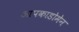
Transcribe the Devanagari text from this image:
आपकाडोमेन